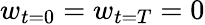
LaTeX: w_{t=0}=w_{t=T}=0